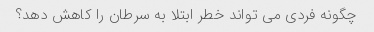
چگونه فردی می تواند خطر ابتلا به سرطان را کاهش دهد؟